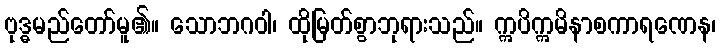
ဗုဒ္ဓမည်တော်မူ၏။ သောဘဂဝါ၊ ထိုမြတ်စွာဘုရားသည်။ ဣပိဣမိနာစကာရဏေန၊